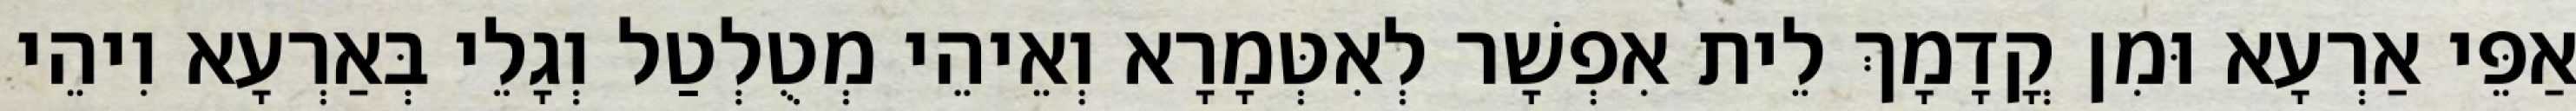
אַפֵּי אַרְעָא וּמִן קֳדָמָךְ לֵית אִפְשָׁר לְאִטְּמָרָא וְאֵיהֵי מְטֻלְטַל וְגָלֵי בְּאַרְעָא וִיהֵי